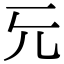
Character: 𠑶